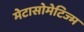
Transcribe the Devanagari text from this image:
मेटासोमेटिज्म